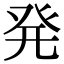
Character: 発